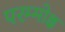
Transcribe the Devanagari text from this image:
परम्मोक्ष